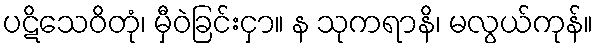
ပဋိသေဝိတုံ၊ မှီဝဲခြင်းငှာ။ န သုကရာနိ၊ မလွယ်ကုန်။